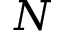
N